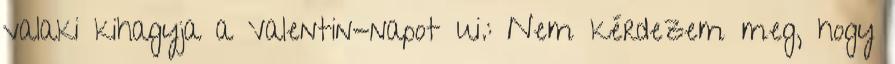
valaki kihagyja a Valentin-napot ui.: Nem kérdezem meg, hogy